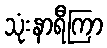
သုံးနာရီကြာ